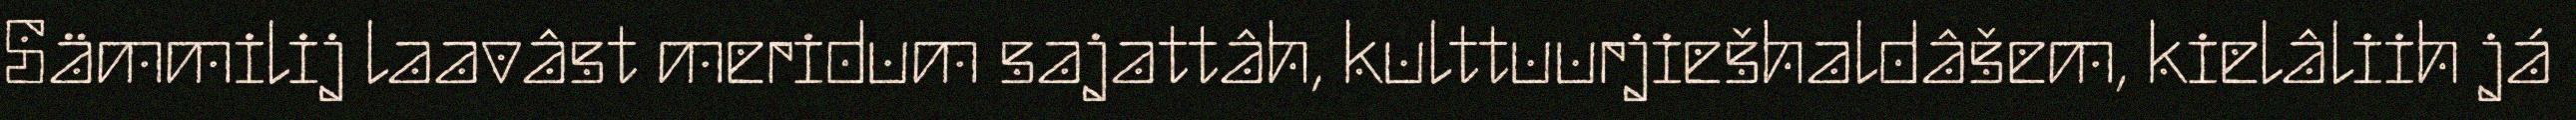
Sämmilij laavâst meridum sajattâh, kulttuurjiešhaldâšem, kielâliih já